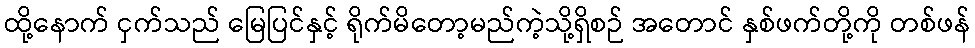
ထို့နောက် ငှက်သည် မြေပြင်နှင့် ရိုက်မိတော့မည်ကဲ့သို့ရှိစဉ် အတောင် နှစ်ဖက်တို့ကို တစ်ဖန်